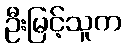
ဦးမြင့်သူက